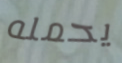
يحمله